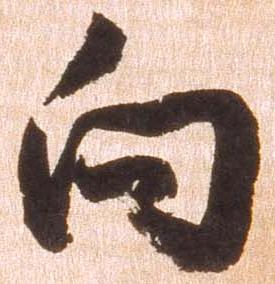
向